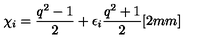
\chi _ { i } = \frac { q ^ { 2 } - 1 } { 2 } + \epsilon _ { i } \frac { q ^ { 2 } + 1 } { 2 } [ 2 m m ]